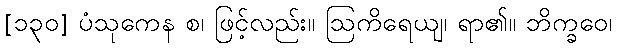
[၁၃၀] ပံသုကေန စ၊ ဖြင့်လည်း။ ဩကိရေယျ၊ ရာ၏။ ဘိက္ခဝေ၊